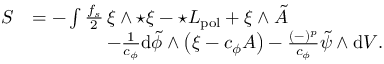
\begin{array} { r l } { S } & { = - \int \frac { f _ { s } } { 2 } \, \xi \wedge { \star \xi } - \star { \cal L } _ { \mathrm { p o l } } + \xi \wedge \tilde { A } } \\ & { \qquad \qquad - \frac { 1 } { c _ { \phi } } \mathrm { d } \tilde { \phi } \wedge \left( \xi - c _ { \phi } A \right) - \frac { ( - ) ^ { p } } { c _ { \phi } } \tilde { \psi } \wedge { \mathrm { d } V } . } \end{array}